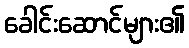
ခေါင်းဆောင်များ၏